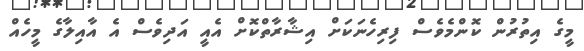
މީގެ އިތުރުން ކޮންމެވެސް ފިރިހެނަކަށް އިޝާރާތްކޮށް އެއީ އަދިވެސް އެ އާއިލާގެ މީހެއް